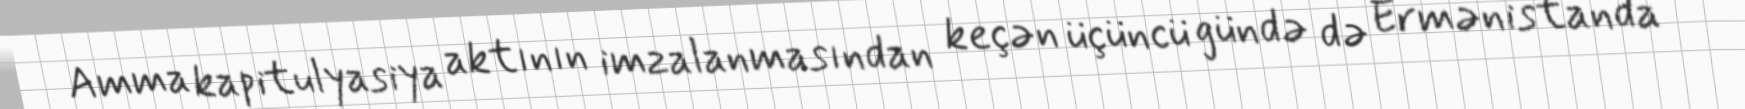
Amma kapitulyasiya aktının imzalanmasından keçən üçüncü gündə də Ermənistanda